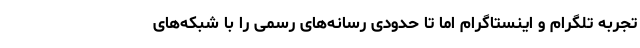
تجربه تلگرام و اینستاگرام اما تا حدودی رسانه‌های رسمی را با شبکه‌های